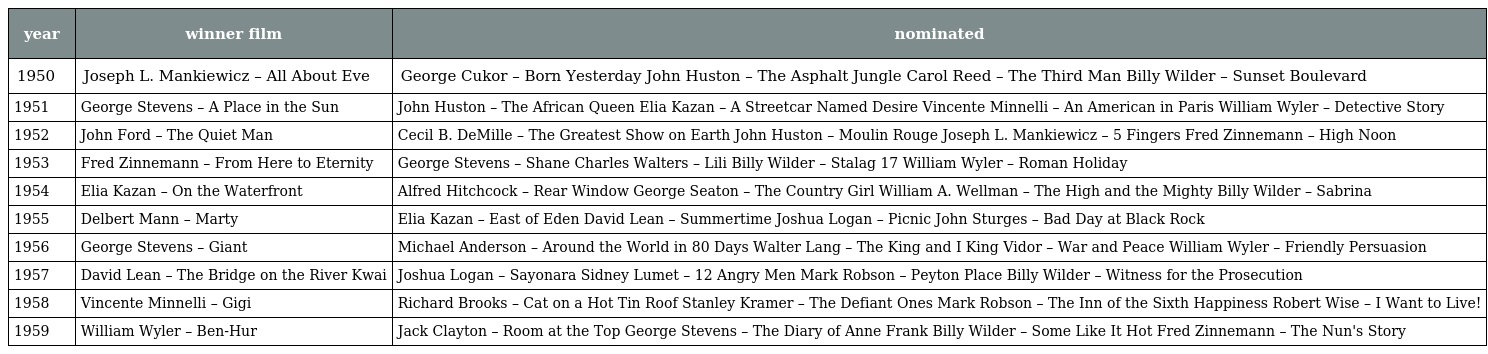
| year | winner film | nominated |
 | --- | --- | --- |
 | 1950 | Joseph L. Mankiewicz – All About Eve | George Cukor – Born Yesterday John Huston – The Asphalt Jungle Carol Reed – The Third Man Billy Wilder – Sunset Boulevard |
 | 1951 | George Stevens – A Place in the Sun | John Huston – The African Queen Elia Kazan – A Streetcar Named Desire Vincente Minnelli – An American in Paris William Wyler – Detective Story |
 | 1952 | John Ford – The Quiet Man | Cecil B. DeMille – The Greatest Show on Earth John Huston – Moulin Rouge Joseph L. Mankiewicz – 5 Fingers Fred Zinnemann – High Noon |
 | 1953 | Fred Zinnemann – From Here to Eternity | George Stevens – Shane Charles Walters – Lili Billy Wilder – Stalag 17 William Wyler – Roman Holiday |
 | 1954 | Elia Kazan – On the Waterfront | Alfred Hitchcock – Rear Window George Seaton – The Country Girl William A. Wellman – The High and the Mighty Billy Wilder – Sabrina |
 | 1955 | Delbert Mann – Marty | Elia Kazan – East of Eden David Lean – Summertime Joshua Logan – Picnic John Sturges – Bad Day at Black Rock |
 | 1956 | George Stevens – Giant | Michael Anderson – Around the World in 80 Days Walter Lang – The King and I King Vidor – War and Peace William Wyler – Friendly Persuasion |
 | 1957 | David Lean – The Bridge on the River Kwai | Joshua Logan – Sayonara Sidney Lumet – 12 Angry Men Mark Robson – Peyton Place Billy Wilder – Witness for the Prosecution |
 | 1958 | Vincente Minnelli – Gigi | Richard Brooks – Cat on a Hot Tin Roof Stanley Kramer – The Defiant Ones Mark Robson – The Inn of the Sixth Happiness Robert Wise – I Want to Live! |
 | 1959 | William Wyler – Ben-Hur | Jack Clayton – Room at the Top George Stevens – The Diary of Anne Frank Billy Wilder – Some Like It Hot Fred Zinnemann – The Nun's Story |